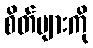
စိတ်များကို